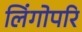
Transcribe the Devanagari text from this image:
लिंगोपरि